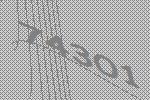
74301